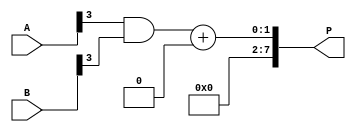
module wallace_tree_multiplier #(
    parameter N = 4 // Number of bits for inputs A and B
) (
    input [N-1:0] A,
    input [N-1:0] B,
    output reg [2*N-1:0] P
);

    // Partial product generation
    wire [N-1:0] pp [N-1:0]; // Partial products
    genvar i, j;
    generate
        for (i = 0; i < N; i = i + 1) begin : gen_pp
            for (j = 0; j < N; j = j + 1) begin : gen_pp_inner
                assign pp[i][j] = A[i] & B[j];
            end
        end
    endgenerate

    // Wallace tree reduction
    wire [N-1:0] sum [N:0]; // Sums at each level
    wire [N:0] carry [N:0]; // Carries at each level

    // Initialize first level
    assign sum[0] = pp[0];
    assign carry[0] = {1'b0, pp[1]};

    // Reduction process
    genvar k;
    for (k = 1; k < N; k = k + 1) begin : reduction
        wire [2:0] a;
        wire [1:0] b;
        assign a = {carry[k-1][k], sum[k-1][k], pp[k][k]};
        assign b = {carry[k-1][k-1], sum[k-1][k-1]};

        // Full Adder and Half Adder Logic
        wire sum_out, carry_out, carry_out2;
        assign sum_out = a[0] ^ a[1] ^ a[2]; // Sum
        assign carry_out = (a[0] & a[1]) | (a[1] & a[2]) | (a[0] & a[2]); // Carry
        assign carry_out2 = b[0] & b[1]; // Carry from previous level

        assign sum[k] = {carry_out2, sum_out};
        assign carry[k] = {carry_out, 1'b0};
    end

    // Final addition of last two rows
    wire [2*N-1:0] final_sum;
    wire [2*N-1:0] final_carry;

    assign final_sum = {1'b0, sum[N-1]} + {1'b0, carry[N-1]};
    assign P = final_sum;

endmodule